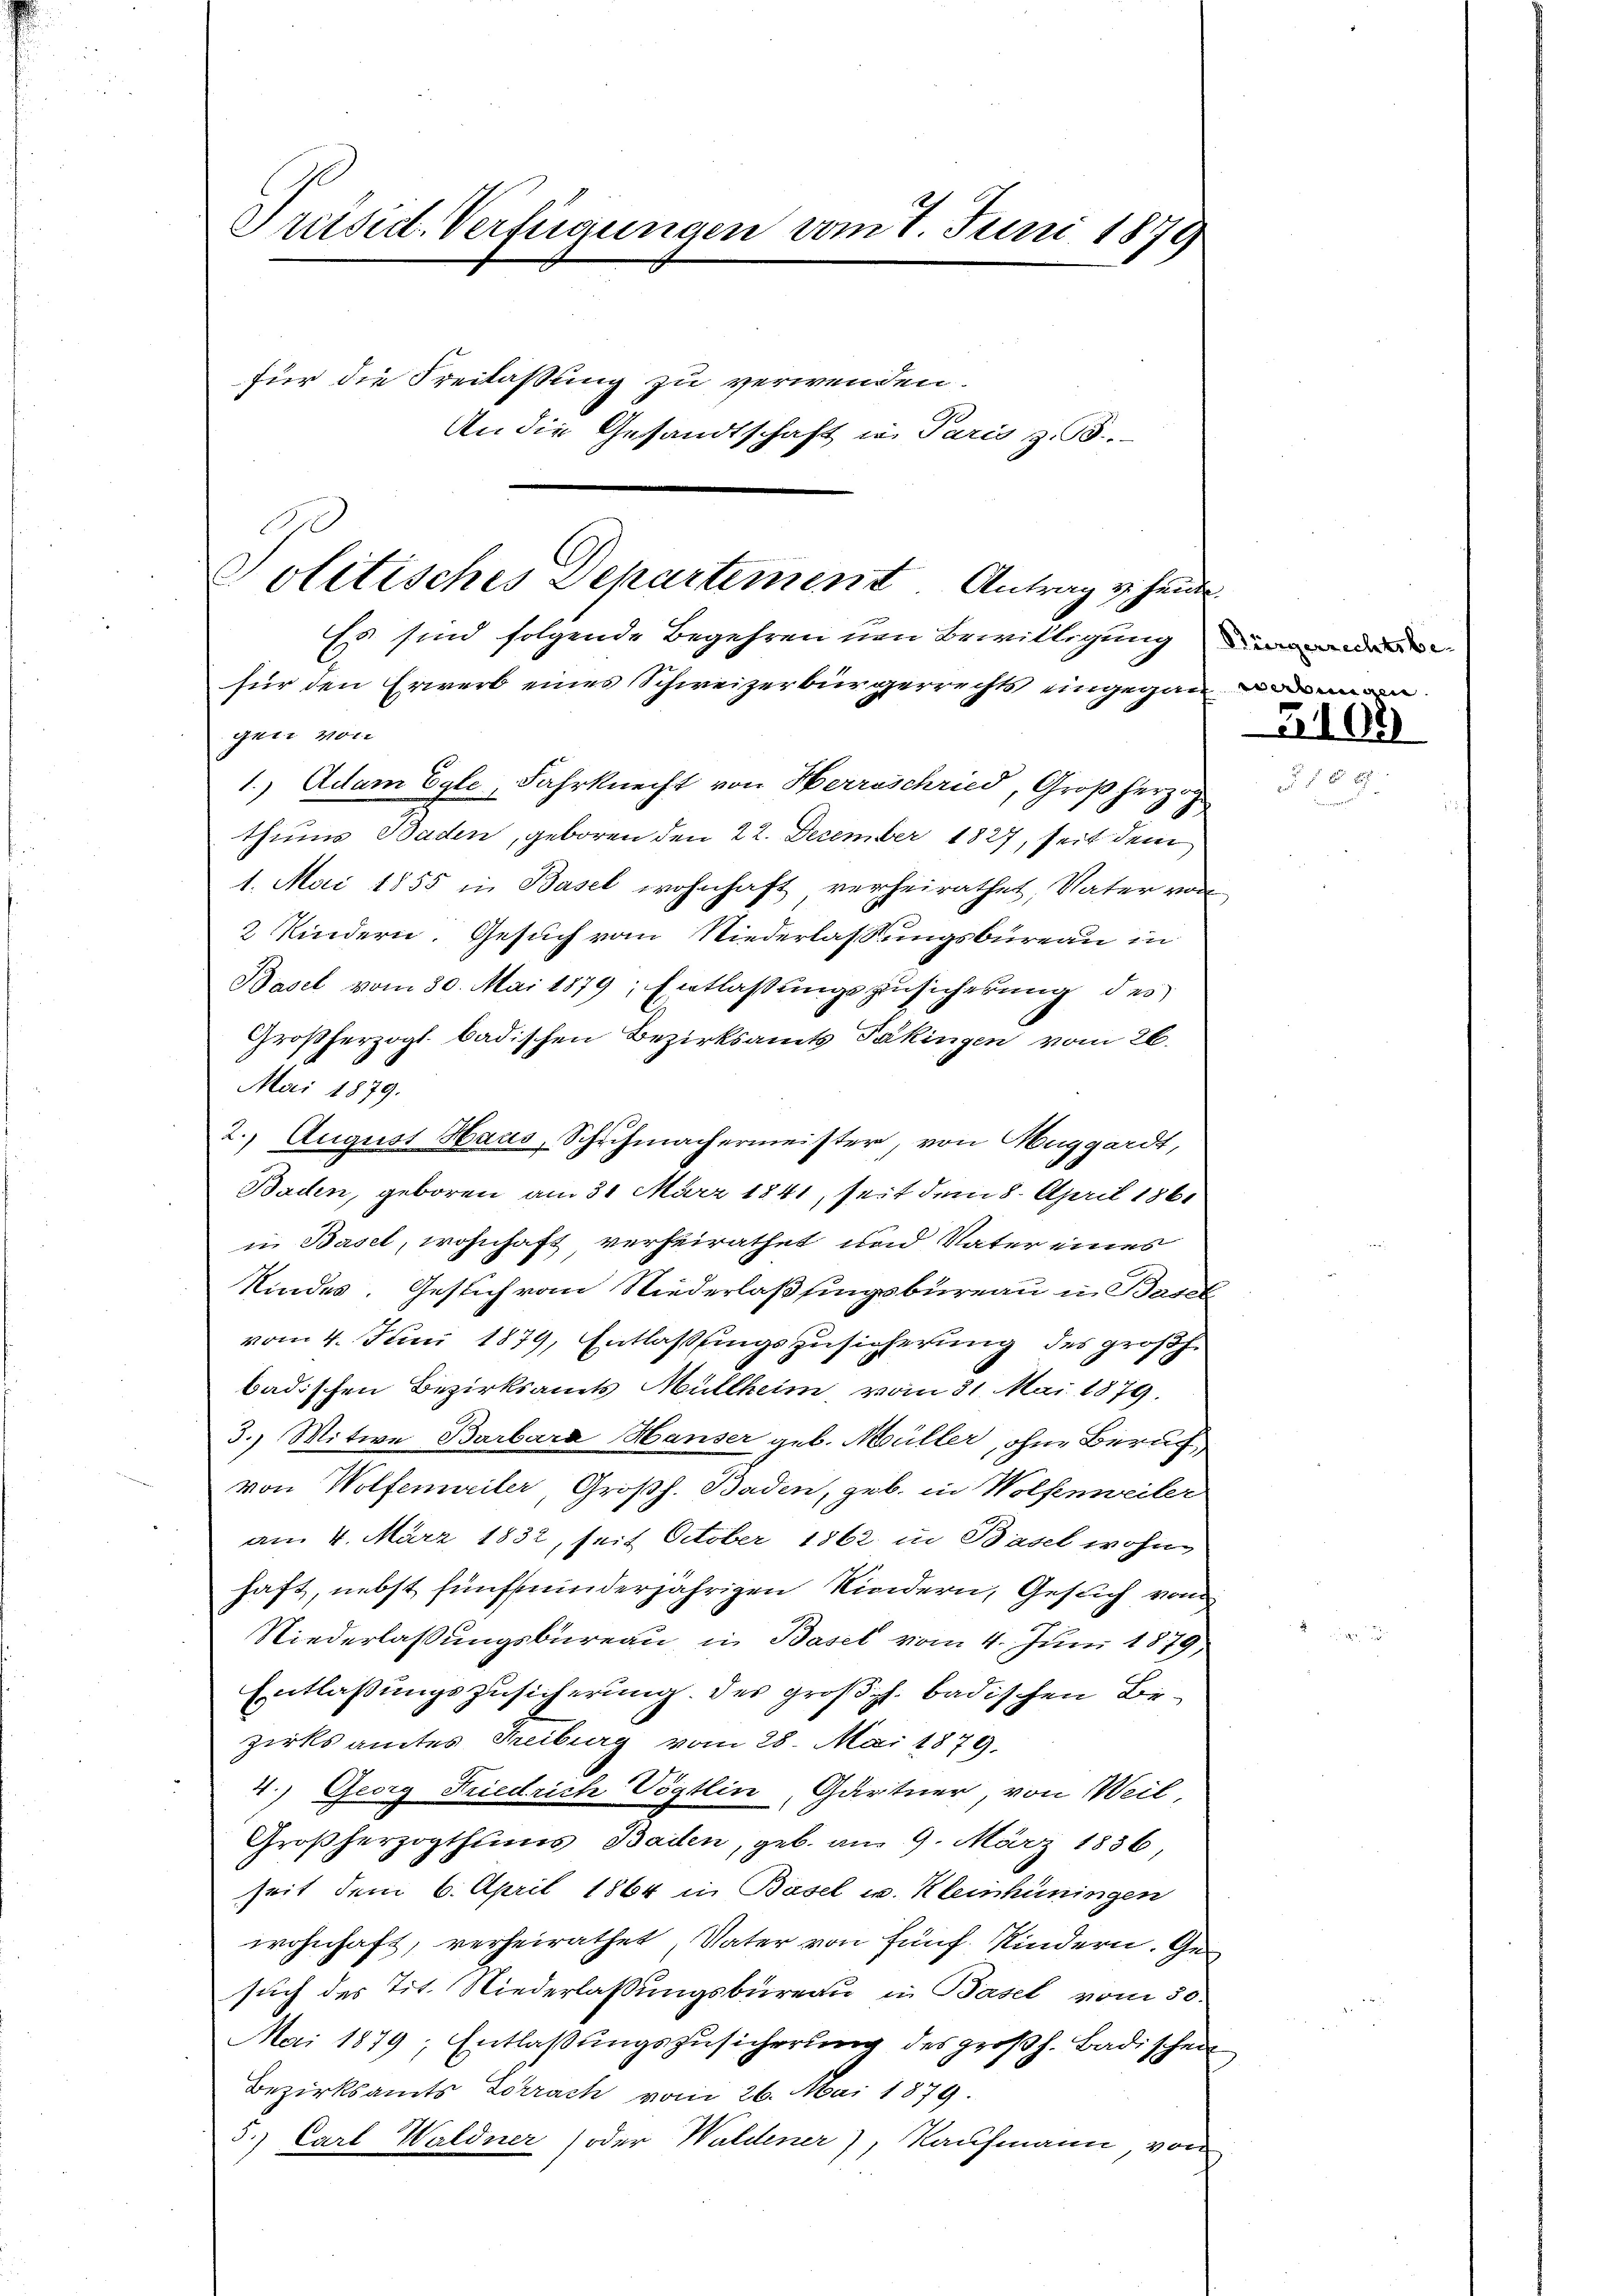
Präsid-Verfügungen vom 7. Juni 1878
für die Freilassung zu verwenden.
An die Gesandtschaft in Paris z. B.

Politisches Departement Antrag v. Heide
Es sind folgende Begehren nen Bewilligung de

Mai 1879.

für den Erwerb eines Schweizerbürgerrechts eingegan
gen von
1.) Adam Egli, Fahrknecht von Herrschried, Großherzog
thums Baden, geboren den 22. Dezember 1827, seit dem
1. Mai 1855 in Basel wohnhaft verheirathet, Vater von
2 Kindern. Gesuch vom Niederlassungsbureau in
Basel vom 30. Mai 1879; Entlaßungszusicherung des
Großherzogl. badischen Bezirksamts Pakingen vom 26.
2. August Haus, Schuhmachermeister, von Muggardt,
Baden, geboren am 31. März 1841, seit dem 8. April 186.
in Basel, wohnhaft verheirathet und Vater eines
Kindes. Gesich von Niederlassungsbureau in Basel
vom 4. Juni 1879, Entlaßungszusicherung des großh.
badischen Bezirksamts Müllheim, vom 31. Mai 1879.
3.) Mitwe Barbara Hauser geb. Müller, ohne Beruf
von Wolfenweiler, Großh. Baden, geb. in Wolfenweiler
am 4. März 1832, seit October 1862 in Basel wohne
haft, nebst fünffinderjährigen Kindern, Gesuch vom
Niederlassungsbureau in Basel vom 4. Juni 1879,
Entlaßungszusicherung des großh. badischen Bezirksamtes Freiburg vom 28. Mai 1879,
4.) Georg Friedrich Vögtlin, Gärtner, von Weil,
Großherzogthums Baden, geb. am 9. März 1836,
seit dem 6. April 1864 in Basel u. Kleinhüningen
wohnhaft, verheirathet, Vater von fünf Kindern. Gesuch des Tit. Niederlassungsbureau in Basel vom 30.
Mai 1879; Entlaßungszusicherung des großh. Badischen
Bezirksamts Schrach vom 26. Mai 1879
5.) Carl Waldner (oder Waldener), Kaufmann von

werbungen.

5109